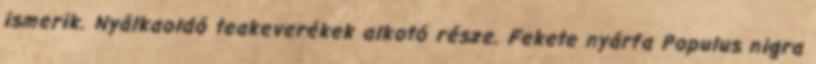
ismerik. Nyálkaoldó teakeverékek alkotó része. Fekete nyárfa Populus nigra